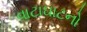
વાટાઘાટનો